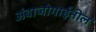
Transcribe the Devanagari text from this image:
अंबाजोगाईतील